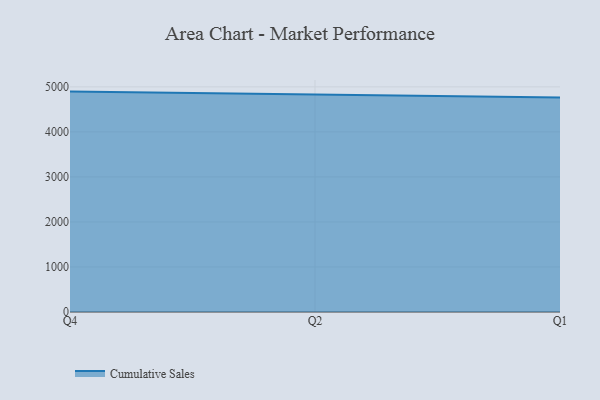
{"axis": {"x": "Quarter", "y": "Website Visitors"}, "legend": ["Cumulative Sales"], "data": [{"x": "Q4", "y": 4895.0, "type": "Cumulative Sales"}, {"x": "Q2", "y": 4830.5, "type": "Cumulative Sales"}, {"x": "Q1", "y": 4764.4, "type": "Cumulative Sales"}]}